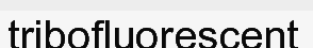
tribofluorescent